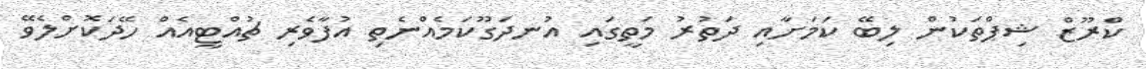
ކްރޫޒް ޝިޕްތަކުން ލިބޭ ކަމަށާއި ދަތުރު މަތީގައި އުނދަގޫކަމެއްނެތި އުފާވެރި ޗުއްޓީއެއް ހޭދަކޮށްލެވޭ